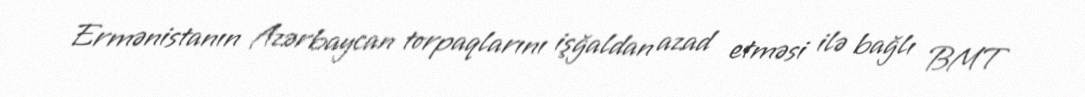
Ermənistanın Azərbaycan torpaqlarını işğaldan azad etməsi ilə bağlı BMT